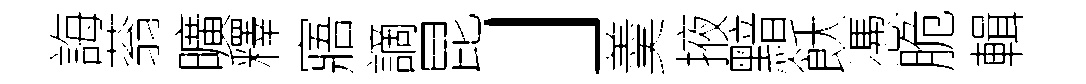
誨蓊曠釋寤謫昆」羮掖黯飫慿脆輯